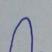
Signature authenticity: forged